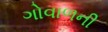
ગોવાળની